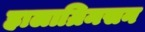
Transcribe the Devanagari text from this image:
हालाग्रिमसन